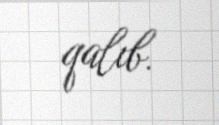
qalıb.